Punjab Mental Hospital Lahore 1932-46 - 1932-1946
Year: 1932
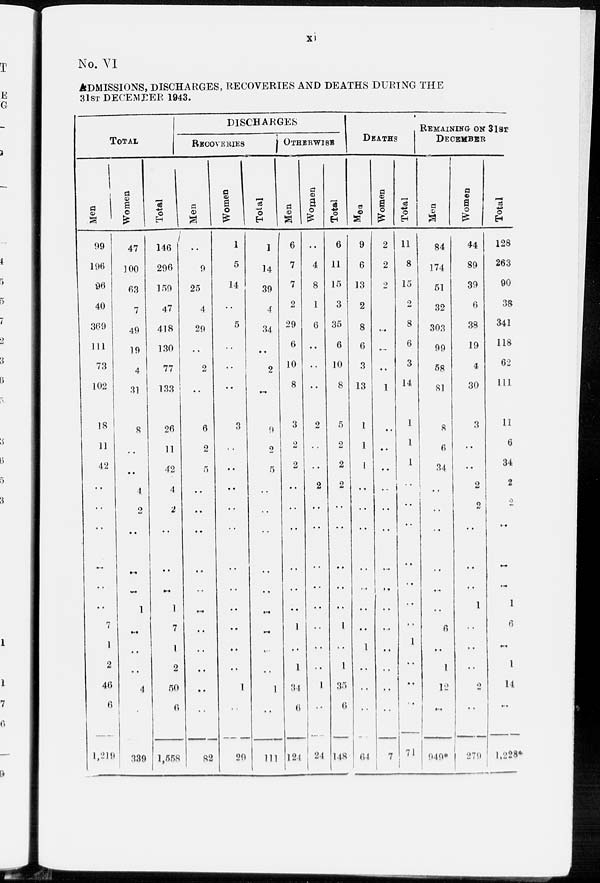
xi
No. VI
ADMISSIONS, DISCHARGES, RECOVERIES AND DEATHS DURING THE
31ST DECEMBER 1943.
TOTAL
Men
99
196
96
40
369
111
73
102
18
11
42
..
..
..
..
..
..
7
1
2
46
6
1,219
Women
47
100
63
7
49
19
4
31
8
..
..
4
..
..
..
..
1
..
..
..
4
..
339
Total
146
296
159
47
418
130
77
133
26
11
42
4
2
..
..
..
1
7
1
2
50
6
1,558
DISCHARGES
RECOVERIES
Men
..
9
25
4
29
..
2
..
6
2
5
..
..
..
..
..
..
..
..
..
..
..
82
Women
1
5
14
..
5
..
..
..
3
..
..
..
..
..
..
..
..
..
..
..
1
..
29
Total
1
14
39
4
34
..
2
..
9
2
5
..
..
..
..
..
..
..
..
..
1
..
111
OTHERWISE
Men
6
7
7
2
29
6
10
8
3
2
2
..
..
..
..
..
..
1
..
1
34
6
124
Women
..
4
8
1
6
..
..
..
2
..
..
2
..
..
..
..
..
..
..
..
1
..
24
Total
6
11
15
3
35
6
10
8
5
2
2
2
..
..
..
..
..
1
..
1
35
6
148
DEATHS
Men
9
6
13
2
8
6
3
13
1
1
1
..
..
..
..
..
..
..
1
..
..
..
64
Women
2
2
2
..
..
..
..
1
..
..
..
..
..
..
..
..
..
..
..
..
..
..
7
Total
11
8
15
..
8
6
3
14
1
1
1
..
..
..
..
..
..
..
1
..
..
..
71
REMAINING
ON
31ST
DECEMBER
Men
84
174
51
32
303
99
58
81
8
6
34
..
..
..
..
..
..
6
..
1
12
..
949*
Women
44
89
39
6
38
19
4
30
3
..
..
2
2
..
..
..
1
..
..
..
2
..
279
Total
128
263
90
38
341
118
62
111
11
6
34
2
2
..
..
..
1
6
..
1
14
..
1,228*